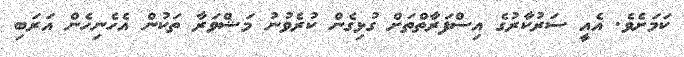
ކަމަށެވެ. އެއީ ސަރުކާރުގެ އިސްފަރާތްތަށް ގުޅިގެން ކުރެވުނު މަޝްވަރާ ތަކުން އެހެނިހެން އަރަބި